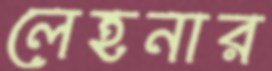
লেহনার